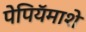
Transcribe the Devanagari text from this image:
पेपियॅमाशे